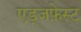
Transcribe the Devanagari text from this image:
एड्जफ़ेस्ट